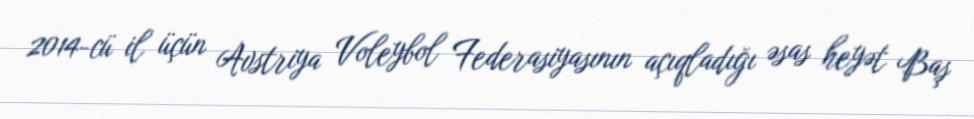
2014-cü il üçün Avstriya Voleybol Federasiyasının açıqladığı əsas heyət Baş